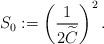
LaTeX: \begin{align*} S_0:= \left(\frac{1}{2 \widetilde C}\right)^2.\end{align*}